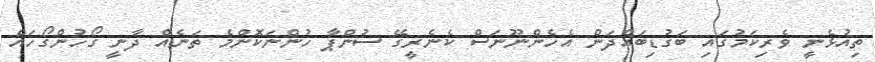
ތިއުޅެނީ ވެރިކަމުގައި ބަގުޑިބައްދަން އެހެންނޫނަސް ކެނެރީގޭ ސުންޕާ ހުންނަކޮންމެ ތަނެއް ދާނީ ގޯހުންގޯހައް